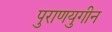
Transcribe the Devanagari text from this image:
पुराणयुगीन